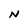
Character: N